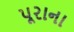
પૂરાના